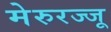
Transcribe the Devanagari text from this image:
मेरुरज्जू